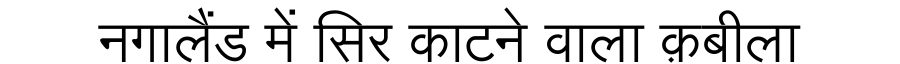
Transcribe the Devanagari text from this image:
नगालैंड में सिर काटने वाला क़बीला